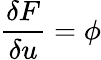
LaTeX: \frac{\delta F}{\delta u}=\phi